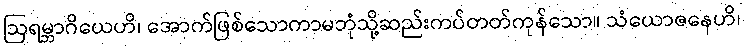
ဩရမ္ဘာဂိယေဟိ၊ အောက်ဖြစ်သောကာမဘုံသို့ဆည်းကပ်တတ်ကုန်သော။ သံယောဇနေဟိ၊